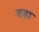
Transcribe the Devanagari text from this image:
बज़ा